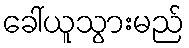
ခေါ်ယူသွားမည်